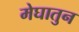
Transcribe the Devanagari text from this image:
मेघातुन